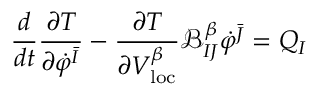
\frac { d } { d t } \frac { \partial T } { \partial \dot { \varphi } ^ { \bar { I } } } - \frac { \partial T } { \partial V _ { \mathrm { l o c } } ^ { \beta } } \mathcal { B } _ { I J } ^ { \beta } \dot { \varphi } ^ { \bar { J } } = Q _ { I }